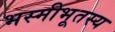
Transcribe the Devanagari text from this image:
भस्मीभूतस्य